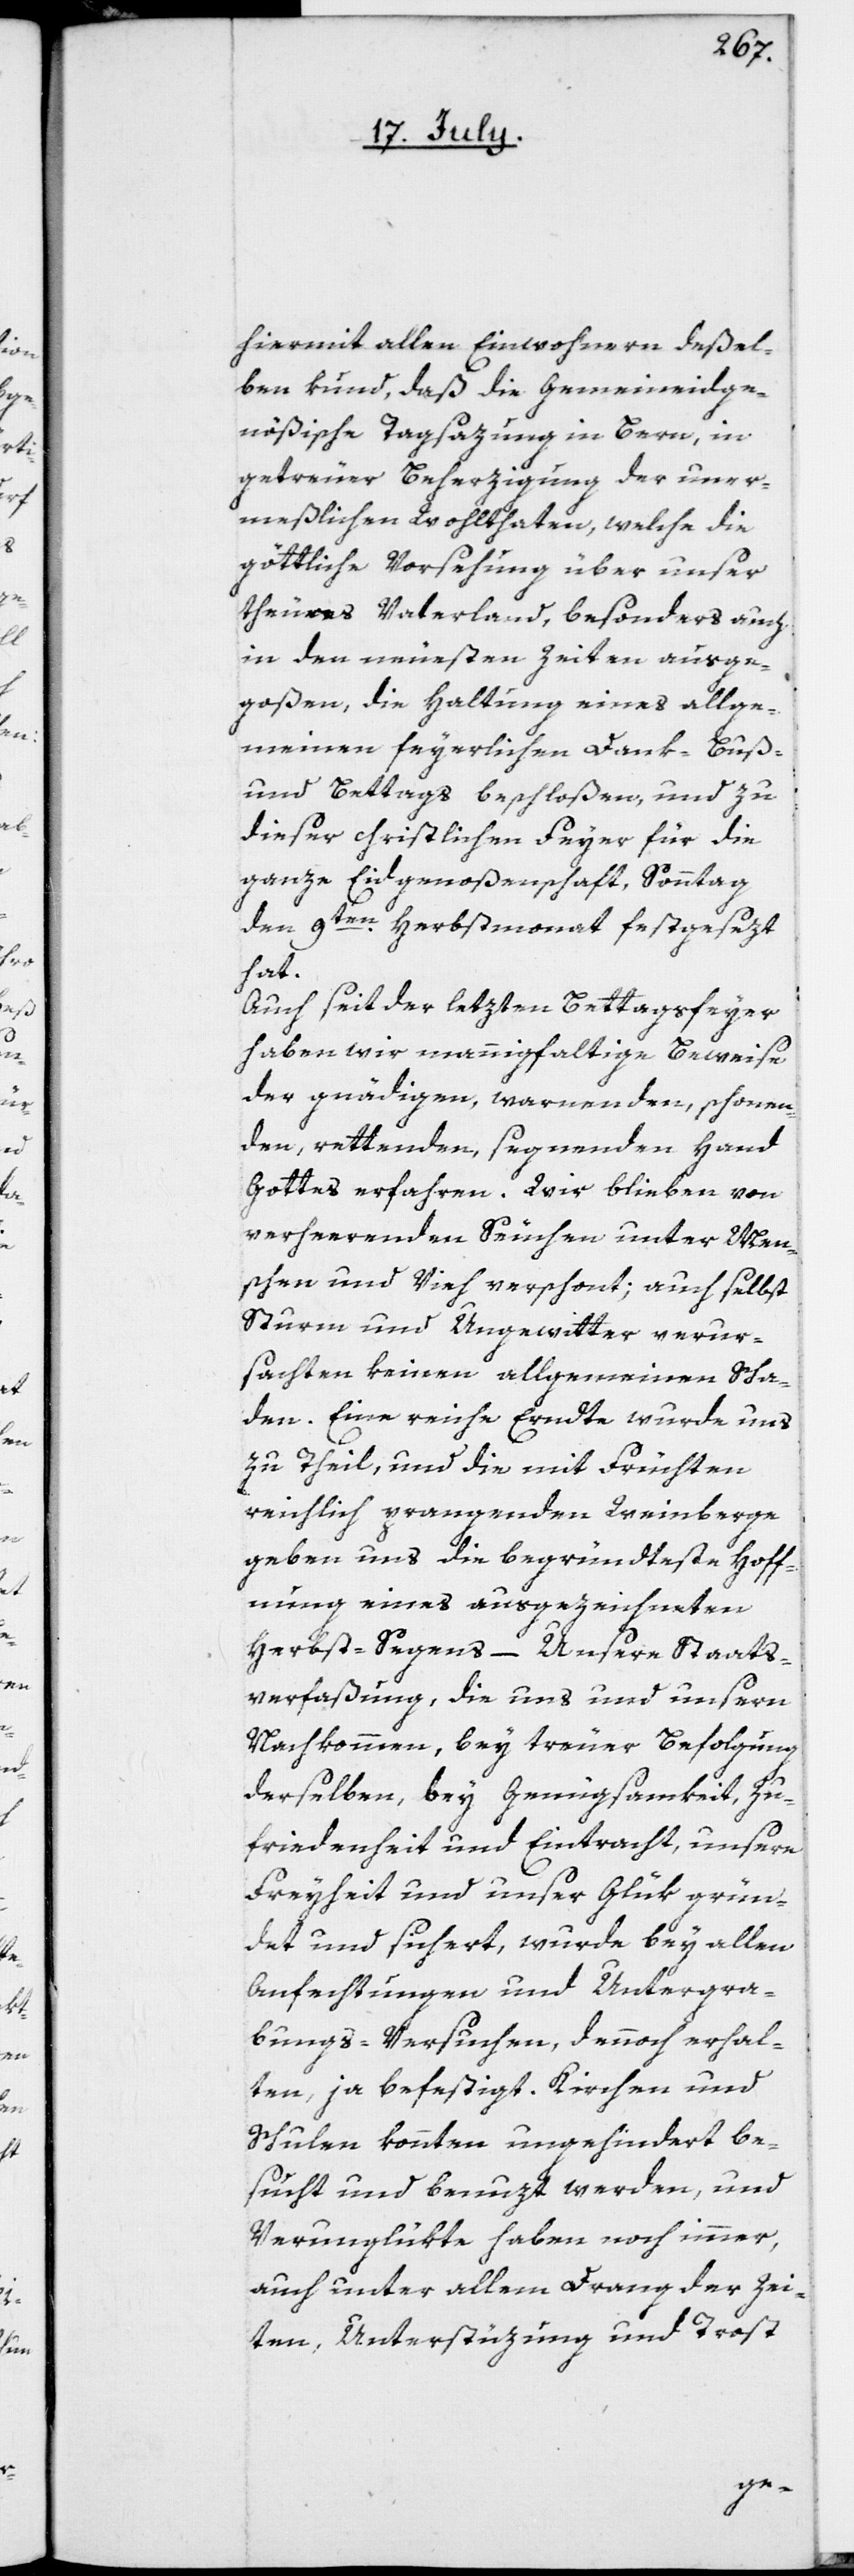
hiermit allen Einwohnern deßel¬
ben kund, daß die Gemeineidge¬
nößische Tagsazung in Bern, in
getreuer Beherzigung der uner¬
meßlichen Wohlthaten, welche die
göttliche Vorsehung über unser
theures Vaterland, besonders auch
in den neuesten Zeiten ausge¬
goßen, die Haltung eines allge¬
meinen feyerlichen Dank-[,] Buß-
und Bettags beschloßen, und zu
dieser christlichen Feyer für die
ganze Eidgenoßenschaft, Sonntag
den 9ten Herbstmonat festgesezt
hat.
Auch seit der letzten Bettagsfeyer
haben wir mannigfaltige Beweise
der gnädigen, warnenden, schonen¬
den, rettenden, segnenden Hand
Gottes erfahren. Wir blieben von
verheerenden Seuchen unter Men¬
schen und Vieh verschont; auch selbst
Sturm und Ungewitter verur¬
sachten keinen allgemeinen Scha¬
den. Eine reiche Erndte wurde uns
zu Theil, und die mit Früchten
wirklich prangenden Weinberge
geben uns die begründteste Hoff¬
nung eines ausgezeichneten
Herbst-Segens. – Unsere Staats¬
verfaßung, die uns und unsern
Nachkommen, bey treuer Befolgung
derselben, bey Genügsamkeit, Zu¬
friedenheit und Eintracht, unsere
Freyheit und unser Glük grün¬
det und sichert, wurde bey allen
Anfechtungen und Untergra¬
bungs-Versuchen, dennoch erhal¬
ten, ja befestigt. Kirchen und
Schulen konnten ungehindert be¬
sucht und benuzt werden, und
Verunglükte haben noch immer,
auch unter allem Drang der Zei¬
ten, Unterstüzung und Trost